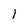
Character: 1